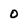
Character: O